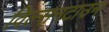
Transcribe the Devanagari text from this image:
विल्सनटाउन